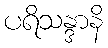
ပရိသန္ဒာနိ